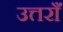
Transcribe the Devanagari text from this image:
उत्तराँ